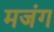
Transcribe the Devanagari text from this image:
मजंग